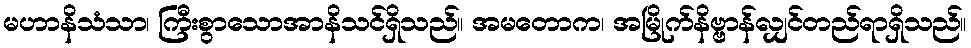
မဟာနိသံသာ၊ ကြီးစွာသောအာနိသင်ရှိသည်။ အမတောက၊ အမြိုက်နိဗ္ဗာန်လျှင်တည်ရာရှိသည်။